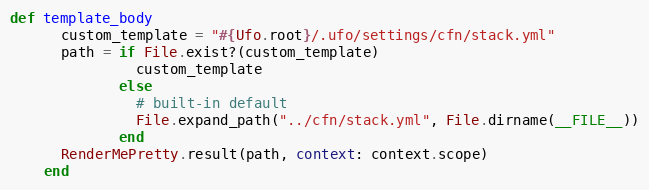
Language: Ruby
def template_body
      custom_template = "#{Ufo.root}/.ufo/settings/cfn/stack.yml"
      path = if File.exist?(custom_template)
               custom_template
             else
               # built-in default
               File.expand_path("../cfn/stack.yml", File.dirname(__FILE__))
             end
      RenderMePretty.result(path, context: context.scope)
    end